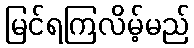
မြင်ရကြလိမ့်မည်